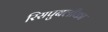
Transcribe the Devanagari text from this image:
रिसपुबलीका